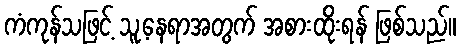
ကံကုန်သဖြင့် သူ့နေရာအတွက် အစားထိုးရန် ဖြစ်သည်။